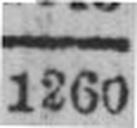
1260